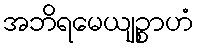
အဘိရမေယျဉ္စာဟံ